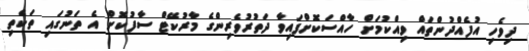
ދިވެހި އުފެއްދުންތަައް ވިއްކުމަށް ހާއްސަކޮށްފައިވާ ދަތުރުވެރިންގެ މާރުކޭޓް ސާފުކޮށް އެ ތަނުގައި ތަކެތި